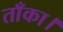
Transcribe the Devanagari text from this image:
ताँका।